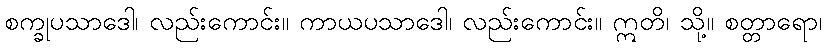
စက္ခုပသာဒေါ၊ လည်းကောင်း။ ကာယပသာဒေါ၊ လည်းကောင်း။ ဣတိ၊ သို့။ စတ္တာရော၊